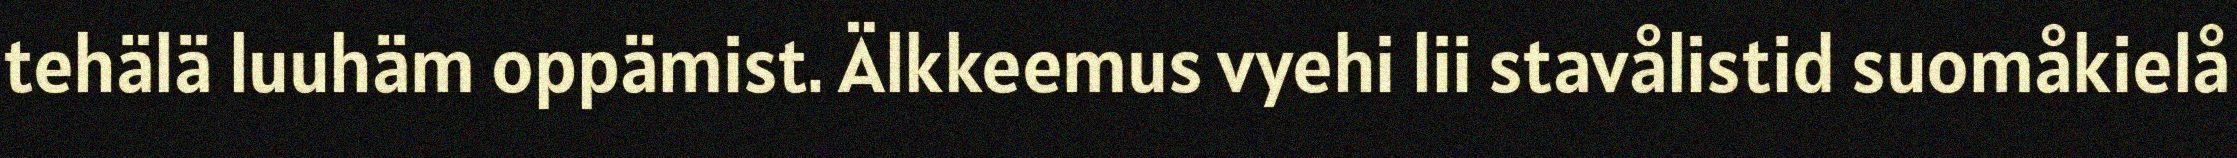
tehälä luuhäm oppämist. Älkkeemus vyehi lii stavålistid suomåkielå